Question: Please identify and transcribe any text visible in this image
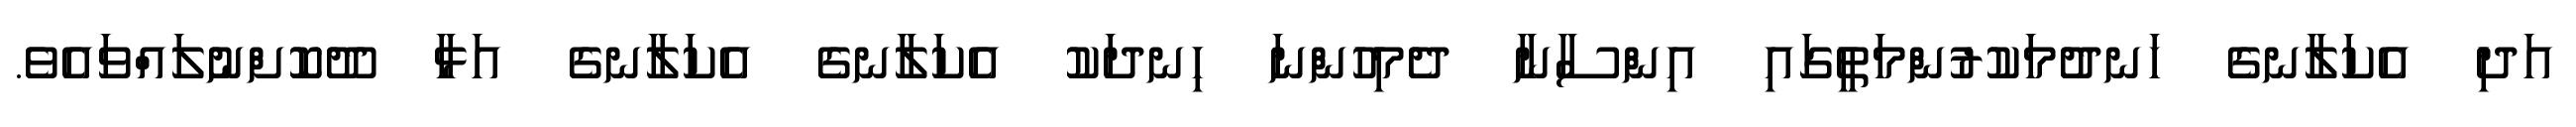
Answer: އަދި އެކަލާނގެ ހަނދުމަކުރުންމަތީގައި އިންސާނާ ދެމިހުންނަ ހިނދަކު އެކަލާނގެ އެކަލާނގެ އަޅާ ދޫކޮށްނުލައްވައެވެ.